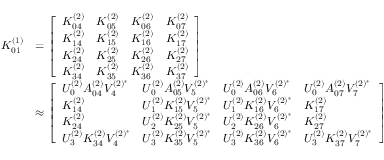
\begin{array} { r l } { K _ { 0 1 } ^ { ( 1 ) } } & { = \left[ \begin{array} { l l l l } { K _ { 0 4 } ^ { ( 2 ) } } & { K _ { 0 5 } ^ { ( 2 ) } } & { K _ { 0 6 } ^ { ( 2 ) } } & { K _ { 0 7 } ^ { ( 2 ) } } \\ { K _ { 1 4 } ^ { ( 2 ) } } & { K _ { 1 5 } ^ { ( 2 ) } } & { K _ { 1 6 } ^ { ( 2 ) } } & { K _ { 1 7 } ^ { ( 2 ) } } \\ { K _ { 2 4 } ^ { ( 2 ) } } & { K _ { 2 5 } ^ { ( 2 ) } } & { K _ { 2 6 } ^ { ( 2 ) } } & { K _ { 2 7 } ^ { ( 2 ) } } \\ { K _ { 3 4 } ^ { ( 2 ) } } & { K _ { 3 5 } ^ { ( 2 ) } } & { K _ { 3 6 } ^ { ( 2 ) } } & { K _ { 3 7 } ^ { ( 2 ) } } \end{array} \right] } \\ & { \approx \left[ \begin{array} { l l l l } { U _ { 0 } ^ { ( 2 ) } A _ { 0 4 } ^ { ( 2 ) } V _ { 4 } ^ { ( 2 ) ^ { * } } } & { U _ { 0 } ^ { ( 2 ) } A _ { 0 5 } ^ { ( 2 ) } V _ { 5 } ^ { ( 2 ) ^ { * } } } & { U _ { 0 } ^ { ( 2 ) } A _ { 0 6 } ^ { ( 2 ) } V _ { 6 } ^ { ( 2 ) ^ { * } } } & { U _ { 0 } ^ { ( 2 ) } A _ { 0 7 } ^ { ( 2 ) } V _ { 7 } ^ { ( 2 ) ^ { * } } } \\ { K _ { 1 4 } ^ { ( 2 ) } } & { U _ { 1 } ^ { ( 2 ) } K _ { 1 5 } ^ { ( 2 ) } V _ { 5 } ^ { ( 2 ) ^ { * } } } & { U _ { 1 } ^ { ( 2 ) } K _ { 1 6 } ^ { ( 2 ) } V _ { 6 } ^ { ( 2 ) ^ { * } } } & { K _ { 1 7 } ^ { ( 2 ) } } \\ { K _ { 2 4 } ^ { ( 2 ) } } & { U _ { 2 } ^ { ( 2 ) } K _ { 2 5 } ^ { ( 2 ) } V _ { 5 } ^ { ( 2 ) ^ { * } } } & { U _ { 2 } ^ { ( 2 ) } K _ { 2 6 } ^ { ( 2 ) } V _ { 6 } ^ { ( 2 ) ^ { * } } } & { K _ { 2 7 } ^ { ( 2 ) } } \\ { U _ { 3 } ^ { ( 2 ) } K _ { 3 4 } ^ { ( 2 ) } V _ { 4 } ^ { ( 2 ) ^ { * } } } & { U _ { 3 } ^ { ( 2 ) } K _ { 3 5 } ^ { ( 2 ) } V _ { 5 } ^ { ( 2 ) ^ { * } } } & { U _ { 3 } ^ { ( 2 ) } K _ { 3 6 } ^ { ( 2 ) } V _ { 6 } ^ { ( 2 ) ^ { * } } } & { U _ { 3 } ^ { ( 2 ) } K _ { 3 7 } ^ { ( 2 ) } V _ { 7 } ^ { ( 2 ) ^ { * } } } \end{array} \right] } \end{array}